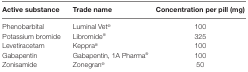
| Active substance | Trade name | Concentration per pill (mg) |
 | --- | --- | --- |
 | Phenobarbital | Luminal Vet® | 100 |
 | Potassium bromide | Libromide® | 325 |
 | Levetiracetam | Keppra® | 100 |
 | Gabapentin | Gabapentin, 1A Pharma® | 100 |
 | Zonisamide | Zonegran® | 50 |